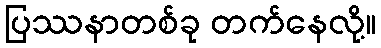
ပြဿနာတစ်ခု တက်နေလို့။